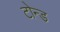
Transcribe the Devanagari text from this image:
टोन्ड